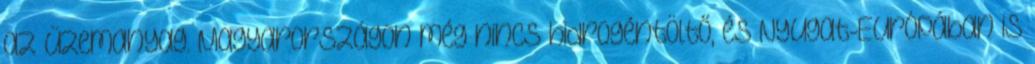
az üzemanyag. Magyarországon még nincs hidrogéntöltő, és Nyugat-Európában is